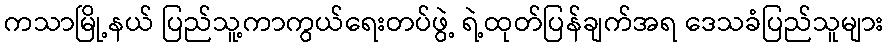
ကသာမြို့နယ် ပြည်သူ့ကာကွယ်ရေးတပ်ဖွဲ့ ရဲ့ထုတ်ပြန်ချက်အရ ဒေသခံပြည်သူများ